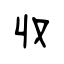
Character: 収